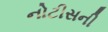
નોટીસની